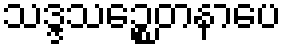
သဒ္ဒသဉ္စေတနာပေ